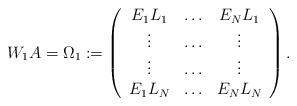
LaTeX: \begin{align*} W_1A=\Omega_1:=\left(\begin{array}{ccc}E_1L_1&\hdots&E_NL_1\\\vdots&\hdots&\vdots\\\vdots&\hdots&\vdots\\E_1L_{N}&\hdots&E_NL_{N}\\\end{array}\right).\end{align*}